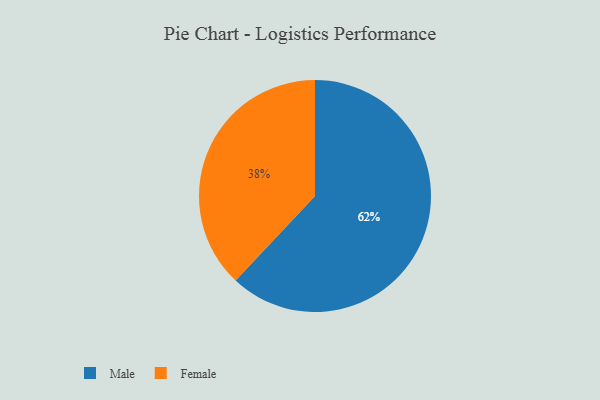
{"axis": {"x": "Category", "y": "Percentage"}, "legend": ["Female", "Male"], "data": [{"x": "Female", "y": 38, "type": "Female"}, {"x": "Male", "y": 62, "type": "Male"}]}